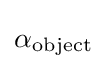
\alpha _{\text{object}}